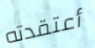
أعتقدته